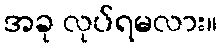
အခု လုပ်ရမလား။